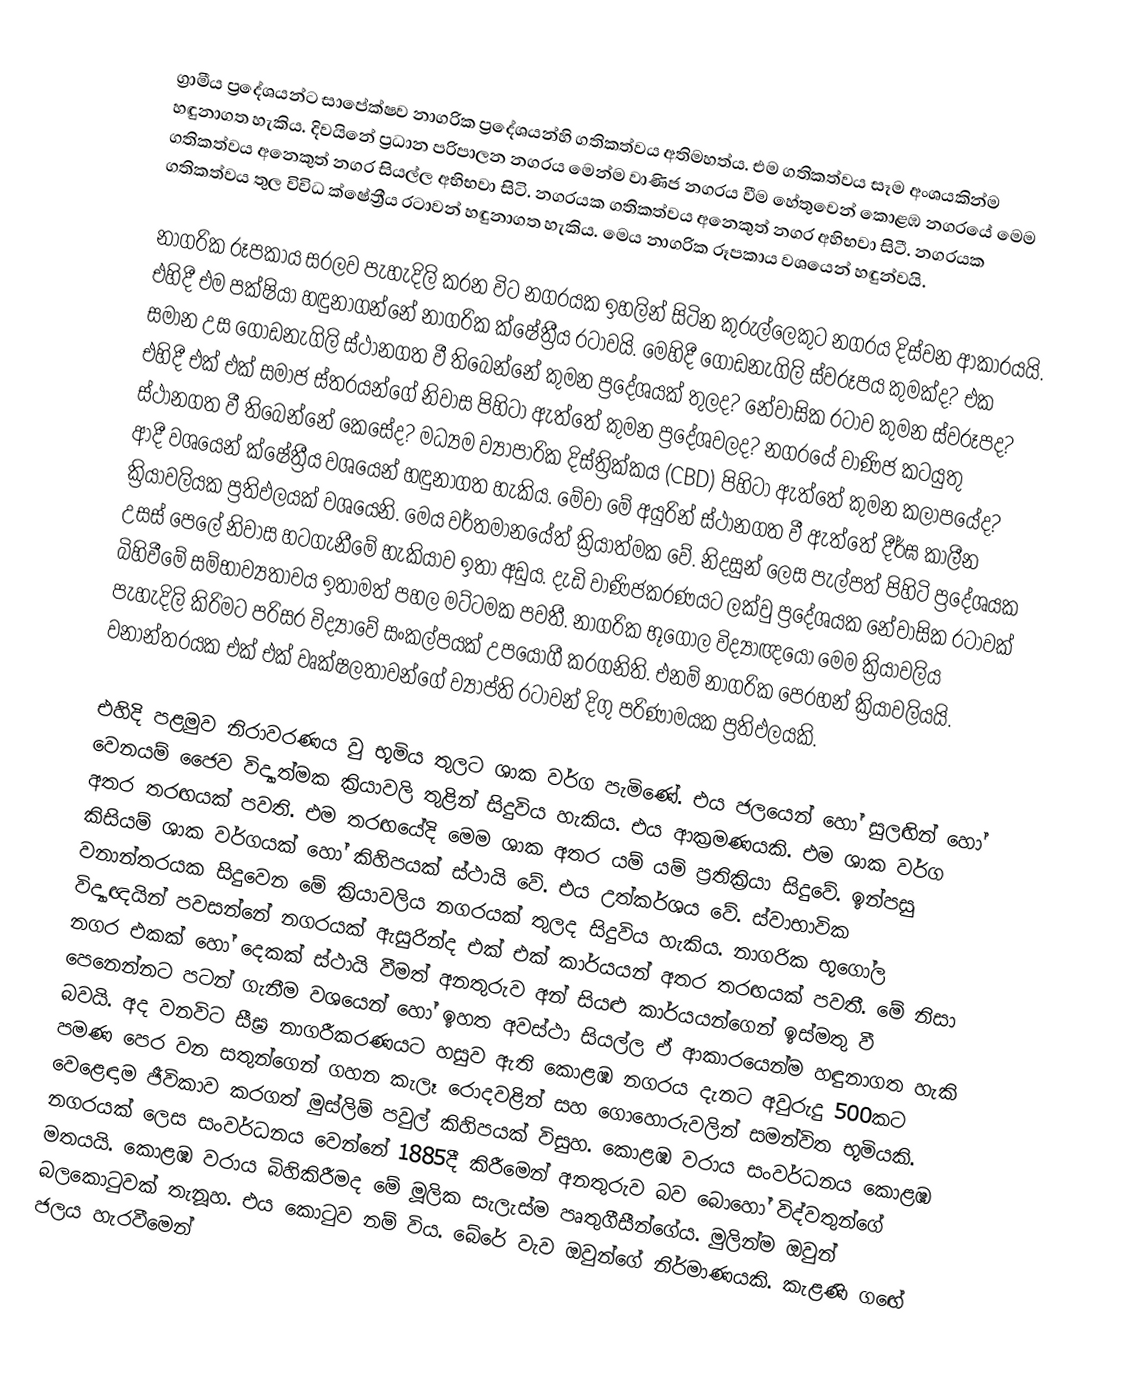
ග්‍රාමීය ප්‍රදේශයන්ට සා‍පේක්ෂව නාගරික ප්‍රදේශයන්හි ගතිකත්වය අතිමහත්ය. එම ගතිකත්වය සෑම අංශයකින්ම හඳුනාගත හැකිය.  දිවයිනේ ප්‍රධාන පරිපාලන නගරය මෙන්ම වාණිජ නගරය වීම හේතුවෙන් කොළඹ නගරයේ මෙම ගතිකත්වය අනෙකුත් නගර සියල්ල අභිභවා සිටි. නගරයක ගතිකත්වය අනෙකුත් නගර අහිභවා සිටී. නගරයක ගතිකත්වය තුල විවිධ ක්ෂේත්‍රීය රටාවන් හඳුනාගත හැකිය. මෙය නාගරික රූපකාය ව‍ශ‍යෙන් හඳුන්වයි.

නාගරික රූපකාය සරලව පැහැදිලි කරන විට නගරයක ඉහලින් සිටින කුරුල්ලෙකුට නගරය දිස්වන ආකාරයයි. එහිදී එම පක්ෂියා හඳුනාගන්නේ නාගරික ක්ෂේත්‍රීය රටාවයි. මෙහිදී ගොඩනැගිලි ස්වරූපය කුමක්ද? එක සමාන  උස ගොඩනැගිලි ස්ථානගත වී තිබෙන්නේ කුමන ප්‍රදේශයක් තුලද? නේවාසික රටාව කුමන ස්වරූපද? එහිදී එක් එක් සමාජ ස්තරයන්ගේ නිවාස පිහිටා ඇත්තේ කුමන ප්‍රදේශවලද? නගරයේ වාණිජ කටයුතු ස්ථානගත වී තිබෙන්නේ කෙසේද? මධ්‍යම ව්‍යාපාරික දිස්ත්‍රික්කය (CBD) පිහිටා ඇත්තේ කුමන කලාපයේද? ආදී වශයෙන් ක්ෂේත්‍රීය වශයෙන් හඳුනාගත හැකිය. මේවා මේ අයුරින් ස්ථානගත වී ඇත්තේ දීර්ඝ කාලීන ක්‍රියාවලියක ප්‍රතිඵලයක් වශයෙනි. මෙය වර්තමානයේත් ක්‍රියාත්මක වේ. නිදසුන් ලෙස  පැල්පත් පිහිටි ප්‍රදේශයක උසස් පෙලේ නිවාස හටගැනීමේ හැකියාව ඉතා අඩුය. දැඩි වාණිජකරණයට ලක්වු ප්‍රදේශයක නේවාසික රටාවක් බිහිවීමේ සම්භාව්‍යතාවය ඉතාමත් පහල මට්ටමක පවතී. නාගරික භූගෝල විද්‍යාඥයෝ මෙම ක්‍රියාවලිය පැහැදිලි කිරිමට පරිසර විද්‍යාවේ සංකල්පයක් උපයෝගී කරගනිති. එනම් නාගරික පෙරහන් ක්‍රියාවලියයි. වනාන්තරයක එක් එක් වෘක්ෂලතාවන්ගේ ව්‍යාප්ති රටාවන් දිගු පරිණාමයක ප්‍රතිඵලයකි.

එහිදි පළමුව නිරාවරණය වු භූමිය තුලට ශාක වර්ග පැමිණේ. එය ජලයෙන් හෝ සුලඟින් හෝ වෙනයම් ජෛව විද්‍යාත්මක ක්‍රියාවලි තුළින් සිදුවිය හැකිය. එය ආක්‍රමණයකි. එම ශාක වර්ග අතර තරඟයක් පවති. එම තරඟයේදි මෙම ශාක අතර යම් යම් ප්‍රතික්‍රියා සිදුවේ. ඉන්පසු කිසියම් ශාක වර්ගයක් හෝ කිහිපයක් ස්ථායි වේ. එය උත්කර්ශය වේ. ස්වාභාවික වනාන්තරයක සිදුවෙන මේ ක්‍රියාවලිය නගරයක් තුලද සිදුවිය හැකිය. නාගරික භූගෝල විද්‍යාඥයින් පවසන්නේ නගරයක් ඇසුරින්ද එක් එක් කාර්යයන් අතර තරඟයක් පවතී. මේ නිසා නගර එකක් හෝ දෙකක් ස්ථායි වීමත් අනතුරුව අන් සියළු කාර්යයන්ගෙන් ඉස්මතු වී පෙනෙන්නට පටන් ගැනීම වශයෙන් හෝ ඉහත අවස්ථා සියල්ල ඒ ආකාරයෙන්ම හඳුනාගත හැකි බවයි. අද වනවිට සීඝ්‍ර නාගරීකරණයට හසුව ඇති කොළඹ නගරය දැනට අවුරුදු 500කට පමණ පෙර වන සතුන්ගෙන් ගහන කැලෑ රොදවළින් සහ ගොහොරුවලින් සමන්විත භූමියකි. වෙළෙඳාම ජීවිකාව කරගත් මුස්ලිම් පවුල් කිහිපයක් විසුහ. කොළඹ වරාය සංවර්ධනය කොළඹ නගරයක් ලෙස සංවර්ධනය වෙන්නේ 1885දී කිරීමෙන් අනතුරුව බව බොහෝ විද්වතුන්ගේ මතයයි. කොළඹ වරාය බිහිකිරීමද මේ මූලික සැලැස්ම පෘතුගීසීන්ගේය. මුලින්ම ඔවුන් බලකොටුවක් තැනූහ. එය කොටුව නම් විය. බේරේ වැව ඔවුන්ගේ නිර්මාණයකි. කැළණි ග‍ඟේ ජලය  හැරවීමෙන්